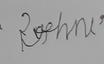
Signature authenticity: forged